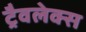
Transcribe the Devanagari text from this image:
ट्रैवलेक्स